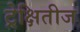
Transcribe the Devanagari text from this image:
ट्रेक्षितीज